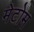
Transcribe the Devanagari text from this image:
मेटोम